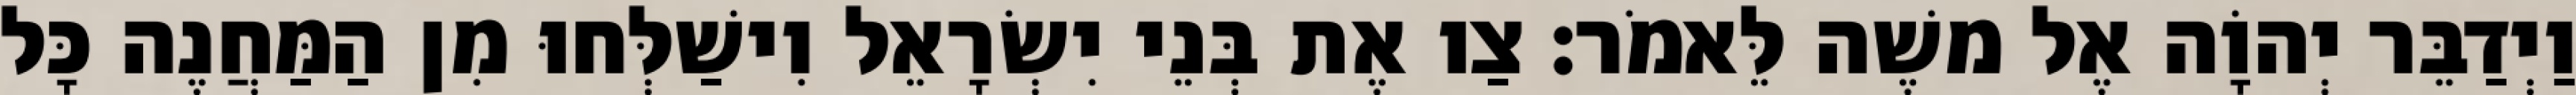
וַיְדַבֵּר יְהוָֹה אֶל משֶׁה לֵּאמֹר׃ צַו אֶת בְּנֵי יִשְׂרָאֵל וִישַׁלְּחוּ מִן הַמַּחֲנֶה כָּל